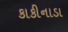
કાકીનાડા